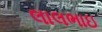
લાલભાઇ